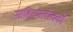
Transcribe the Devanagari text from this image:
साहित्यालोचकों